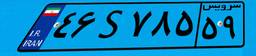
۲۸S۲۹۷۷۸